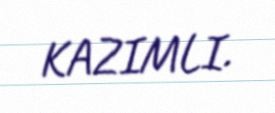
KAZIMLI.